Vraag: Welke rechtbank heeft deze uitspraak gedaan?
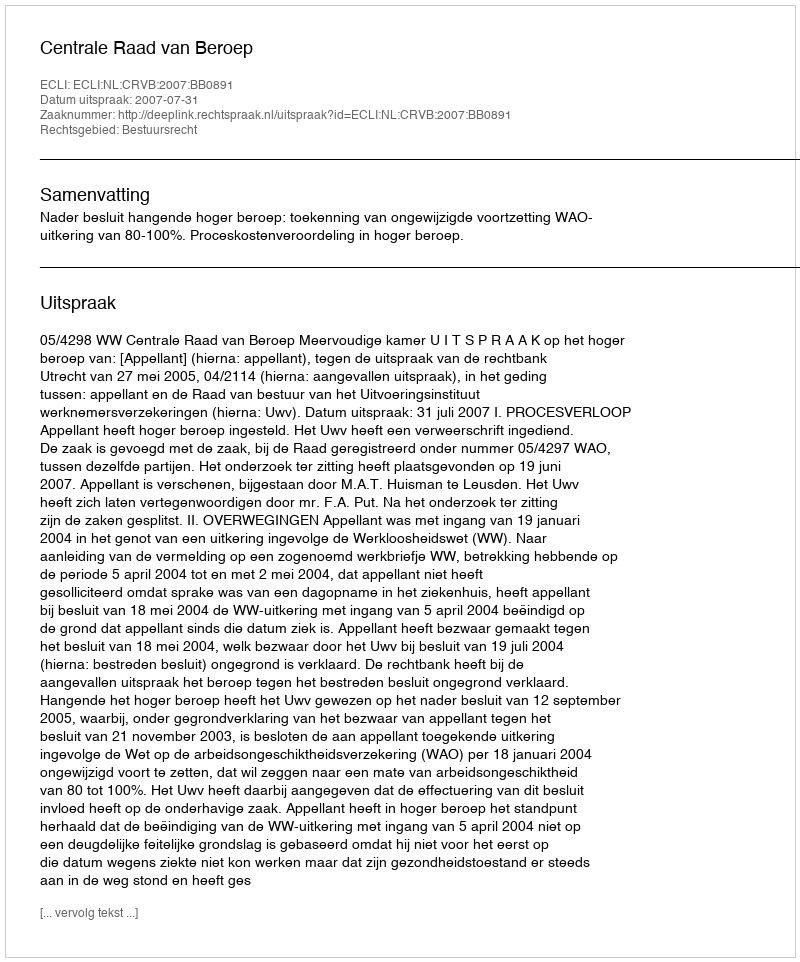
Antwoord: Centrale Raad van Beroep